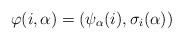
LaTeX: \begin{align*}\varphi(i,\alpha)=(\psi_{\alpha}(i),\sigma_i(\alpha))\end{align*}